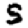
Digit: 5